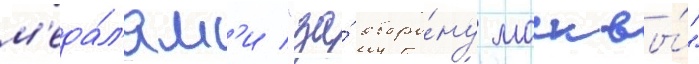
м'еда́л'ям'и "за́ оборо́ну москвы́"